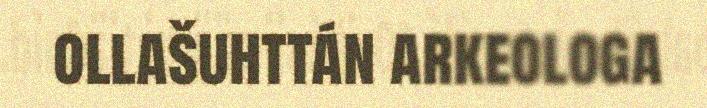
ollašuhttán arkeologa